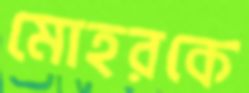
মোহরকে